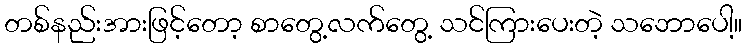
တစ်နည်းအားဖြင့်တော့ စာတွေ့လက်တွေ့ သင်ကြားပေးတဲ့ သဘောပေါ့။